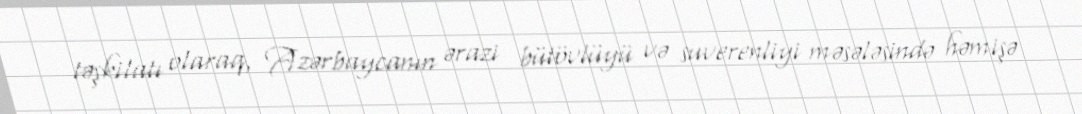
təşkilatı olaraq, Azərbaycanın ərazi bütövlüyü və suverenliyi məsələsində həmişə